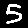
Digit: 5